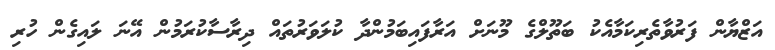
އަޒްޔާން ފަރުވާތެރިކަމާއެކު ބަތޫލްގެ މޫނަށް އަރާފައިބަމުންދާ ކުލަވަރުތައް ދިރާސާކުރަމުން އޭނަ ލައިގެން ހުރި